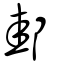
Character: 邽